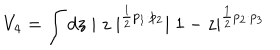
V _ { 4 } = \int d z \mid z \mid ^ { \frac { 1 } { 2 } p _ { 1 } \cdot p _ { 2 } } \mid 1 - z \mid ^ { \frac { 1 } { 2 } p _ { 2 } \cdot p _ { 3 } }